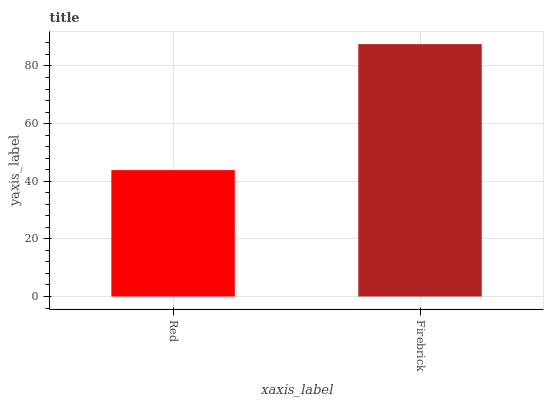
| xaxis_label | bars |
 | --- | --- |
 | Red | 43.9 |
 | Firebrick | 87.6 |